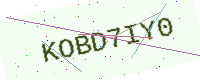
Text: KOBD7IY0